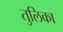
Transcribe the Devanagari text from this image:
तुलिका